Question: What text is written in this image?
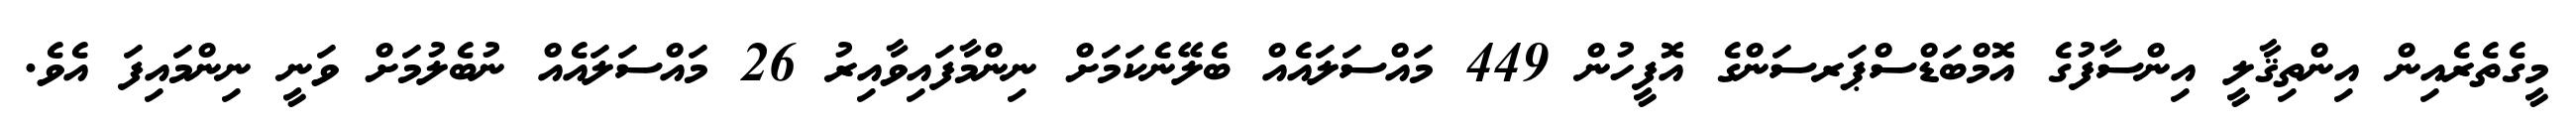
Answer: މީގެތެރެއިން އިންތިޤާލީ އިންސާފުގެ އޮމްބަޑްސްޕަރސަންގެ އޮފީހުން 449 މައްސަލައެއް ބެލޭނެކަމަށް ނިންމާފައިވާއިރު 26 މައްސަލައެއް ނުބެލުމަށް ވަނީ ނިންމައިފަ އެވެ.